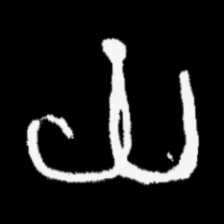
Pyu character \u2014 Myanmar letter: ယ (romanized: ya)